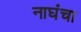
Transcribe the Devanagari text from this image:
नाघंचा